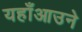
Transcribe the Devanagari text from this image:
यहाँआउने